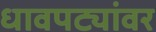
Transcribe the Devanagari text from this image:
धावपट्यांवर